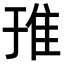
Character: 𨾌